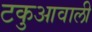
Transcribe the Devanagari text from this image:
टकुआवाली